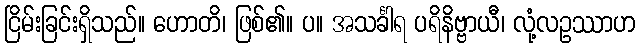
ငြိမ်းခြင်းရှိသည်။ ဟောတိ၊ ဖြစ်၏။ ပ။ အသင်္ခါရ ပရိနိဗ္ဗာယီ၊ လုံ့လဥဿာဟ